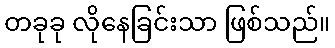
တခုခု လိုနေခြင်းသာ ဖြစ်သည်။